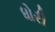
ધોરી